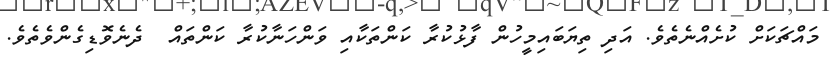
މައްޗަކަށް ކުށެއްނެތެވެ. އަދި ތިޔަބައިމީހުން ފާޅުކުރާ ކަންތަކާއި ވަންހަނާކުރާ ކަންތައް  ދެނެވޮޑިގެންވެތެވެ.